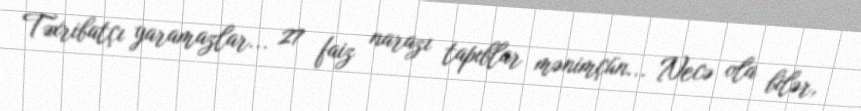
Təxribatçı yaramazlar... 27 faiz narazı tapıblar mənimçün... Necə ola bilər,